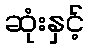
ဆုံးနှင့်